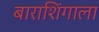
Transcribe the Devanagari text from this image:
बाराशिंगाला